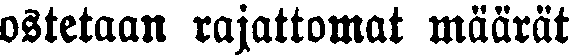
ostetaan rajattomat määrät